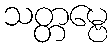
သတ္တမ္ဗေ